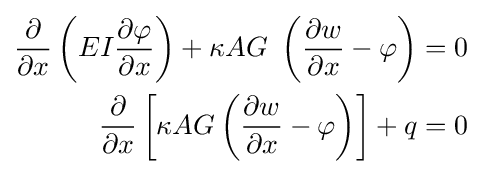
{\begin{aligned}{\frac {\partial }{\partial x}}\left(EI{\frac {\partial \varphi }{\partial x}}\right)+\kappa AG~\left({\frac {\partial w}{\partial x}}-\varphi \right)&=0\\{\frac {\partial }{\partial x}}\left[\kappa AG\left({\frac {\partial w}{\partial x}}-\varphi \right)\right]+q&=0\end{aligned}}